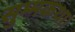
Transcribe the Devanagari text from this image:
सुम्मकथा।